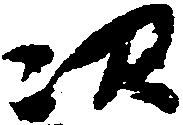
次